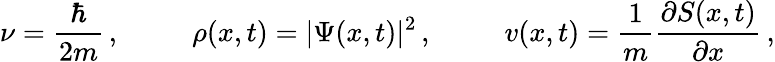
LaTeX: \nu=\frac{\hbar}{2m}\, ,\; \; \; \; \; \; \; \; \; \rho(x,t)=|\Psi(x,t)|^{2}\, ,\; \; \; \; \; \; \; \; \; v(x,t)=\frac{1}{m}\frac{\partial S(x,t)}{\partial x}\, ,